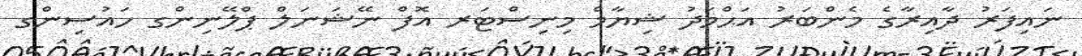
ނައިފަރު ދާއިރާގެ މެންބަރު އަޙްމަދު ޝިޔާމް މިނިސްޓަރ އޮފް ނޭޝަނަލް ޕްލޭނިންގ ހައުސިންގ